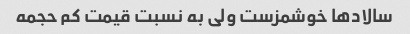
سالادها خوشمزست ولی به نسبت قیمت کم حجمه